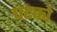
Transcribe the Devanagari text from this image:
घटको